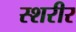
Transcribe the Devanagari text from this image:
स्शरीर